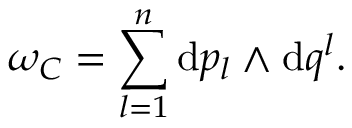
\omega _ { \cal C } = \sum _ { l = 1 } ^ { n } \mathrm { d } p _ { l } \wedge \mathrm { d } q ^ { l } .